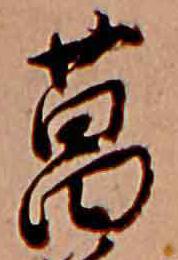
菖